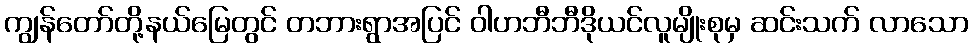
ကျွန်တော်တို့နယ်မြေတွင် တဘားရွာအပြင် ဝါဟဘီဘီဒိုယင်လူမျိုးစုမှ ဆင်းသက် လာသော